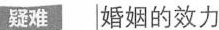
疑难 婚姻的效力